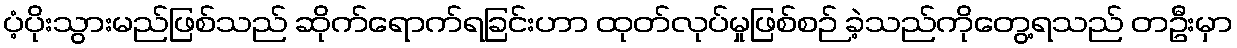
ပံ့ပိုးသွားမည်ဖြစ်သည် ဆိုက်ရောက်ရခြင်းဟာ ထုတ်လုပ်မှုဖြစ်စဉ် ခဲ့သည်ကိုတွေ့ရသည် တဦးမှာ